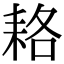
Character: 𦓱